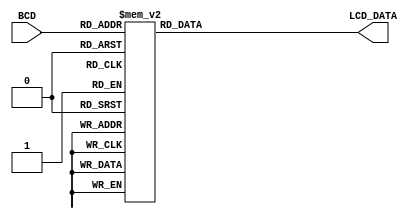







// WT_DECODER.v

module WT_DECODER(
	BCD,
	LCD_DATA
);

input [3:0] BCD;
output wire [7:0] LCD_DATA;

reg [7:0] BUFF;

always @(BCD)
begin
	case(BCD)
		4'b0000: BUFF = 8'b00110000; // 0
		4'b0001: BUFF = 8'b00110001;
		4'b0010: BUFF = 8'b00110010;
		4'b0011: BUFF = 8'b00110011;
		4'b0100: BUFF = 8'b00110100;
		4'b0101: BUFF = 8'b00110101;
		4'b0110: BUFF = 8'b00110110;
		4'b0111: BUFF = 8'b00110111;
		4'b1000: BUFF = 8'b00111000;
		4'b1001: BUFF = 8'b00111001; // 9
		default: BUFF = 8'b00100000; // NULL
	endcase
end

assign LCD_DATA = BUFF;

endmodule